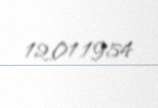
12.01.1954